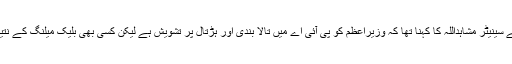
مذاکرت کے بعد پریس کانفرنس کرتے ہوئے سینیٹر مشاہداللہ کا کہنا تھا کہ وزیراعظم کو پی آئی اے میں تالا بندی اور ہڑتال پر تشویش ہے لیکن کسی بھی بلیک میلنگ کے نتیجے میں کوئی بھی فیصلہ نہیں کیا جائے گا۔